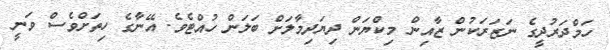
ހަމްދަރުދީގެ ނަޒަރަކުން ޒާއިން މިކްޔަން ދިޔަދިމާލަށް ބަލަން ހުއްޓެވެ. އޭނާގެ ހިތަށްވެސް ވަނީ